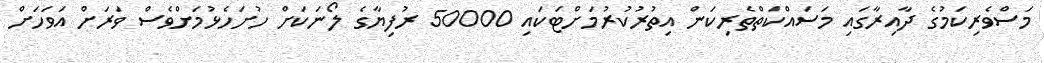
މަސްވެރިކަމުގެ ދާއިރާގައި މަސައްކަތްތެރިކަން އިތުރުކުރުމަށްޓަކައި 50000 ރުފިޔާގެ ލޯނަކަށް ހުށަހެޅުމަށްވެސް ވަރަށް އަވަހަށް